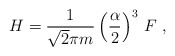
\begin{align*}H = \frac{1}{\sqrt{2}\pi m} \left(\frac{\alpha}{2}\right)^3 \, F \ ,\end{align*}